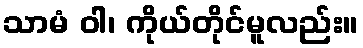
သာမံ ဝါ၊ ကိုယ်တိုင်မူလည်း။